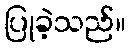
ပြုခဲ့သည်။